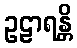
ဥဠာရန္တိ